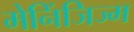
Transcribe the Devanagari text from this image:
मेनिंजिज्म